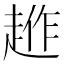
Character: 𧼄